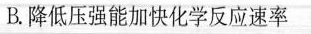
B.降低压强能加快化学反应速率